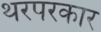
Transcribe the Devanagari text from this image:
थरपरकार